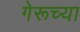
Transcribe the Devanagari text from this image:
गेरूच्या